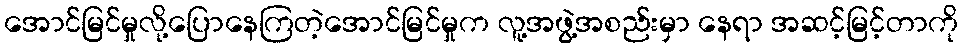
အောင်မြင်မှုလို့ပြောနေကြတဲ့အောင်မြင်မှုက လူ့အဖွဲ့အစည်းမှာ နေရာ အဆင့်မြင့်တာကို